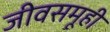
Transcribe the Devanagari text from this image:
जीवसमूही